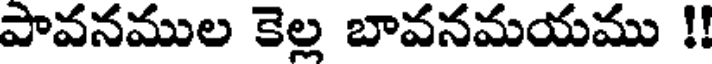
పావనముల కెల్ల బావనమయము !!